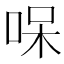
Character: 𠳳